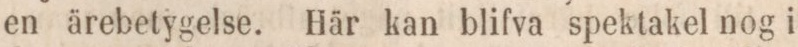
en ärebetygelse. Här kan blifva spektakel nog i